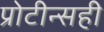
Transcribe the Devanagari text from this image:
प्रोटीन्सही